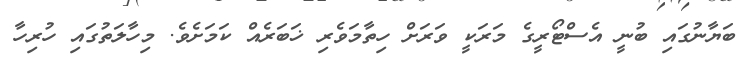
ބަޔާނުގައި ބުނީ އެސްޓޯރީގެ މަރަކީ ވަރަށް ހިތާމަވެރި ޚަބަރެއް ކަމަށެވެ. މިހާލަތުގައި ހުރިހާ